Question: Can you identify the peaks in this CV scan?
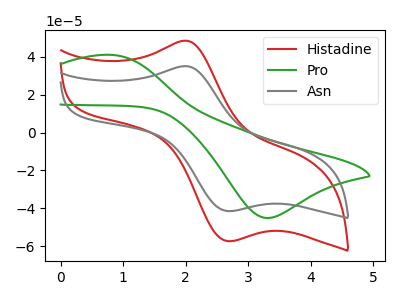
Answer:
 <answer>The red curve "Histadine" has an anodic peak at (2.00V, 48.50uA) and a cathodic peak at (2.70V, -57.30uA). The green curve "Pro" has an anodic peak at (0.85V, 40.95uA) and a cathodic peak at (3.30V, -45.05uA). The gray curve "Asn" has an anodic peak at (2.00V, 35.05uA) and a cathodic peak at (2.70V, -41.40uA).</answer>
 <eval></eval>